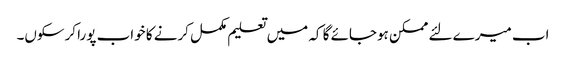
اب میرے لئے ممکن ہوجائے گا کہ میں تعلیم مکمل کرنے کا خواب پورا کرسکوں۔